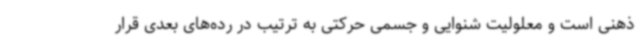
ذهنی است و معلولیت شنوایی و جسمی حرکتی به ترتیب در رده‌های بعدی قرار